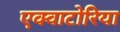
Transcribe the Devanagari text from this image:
एक्वाटोरिया